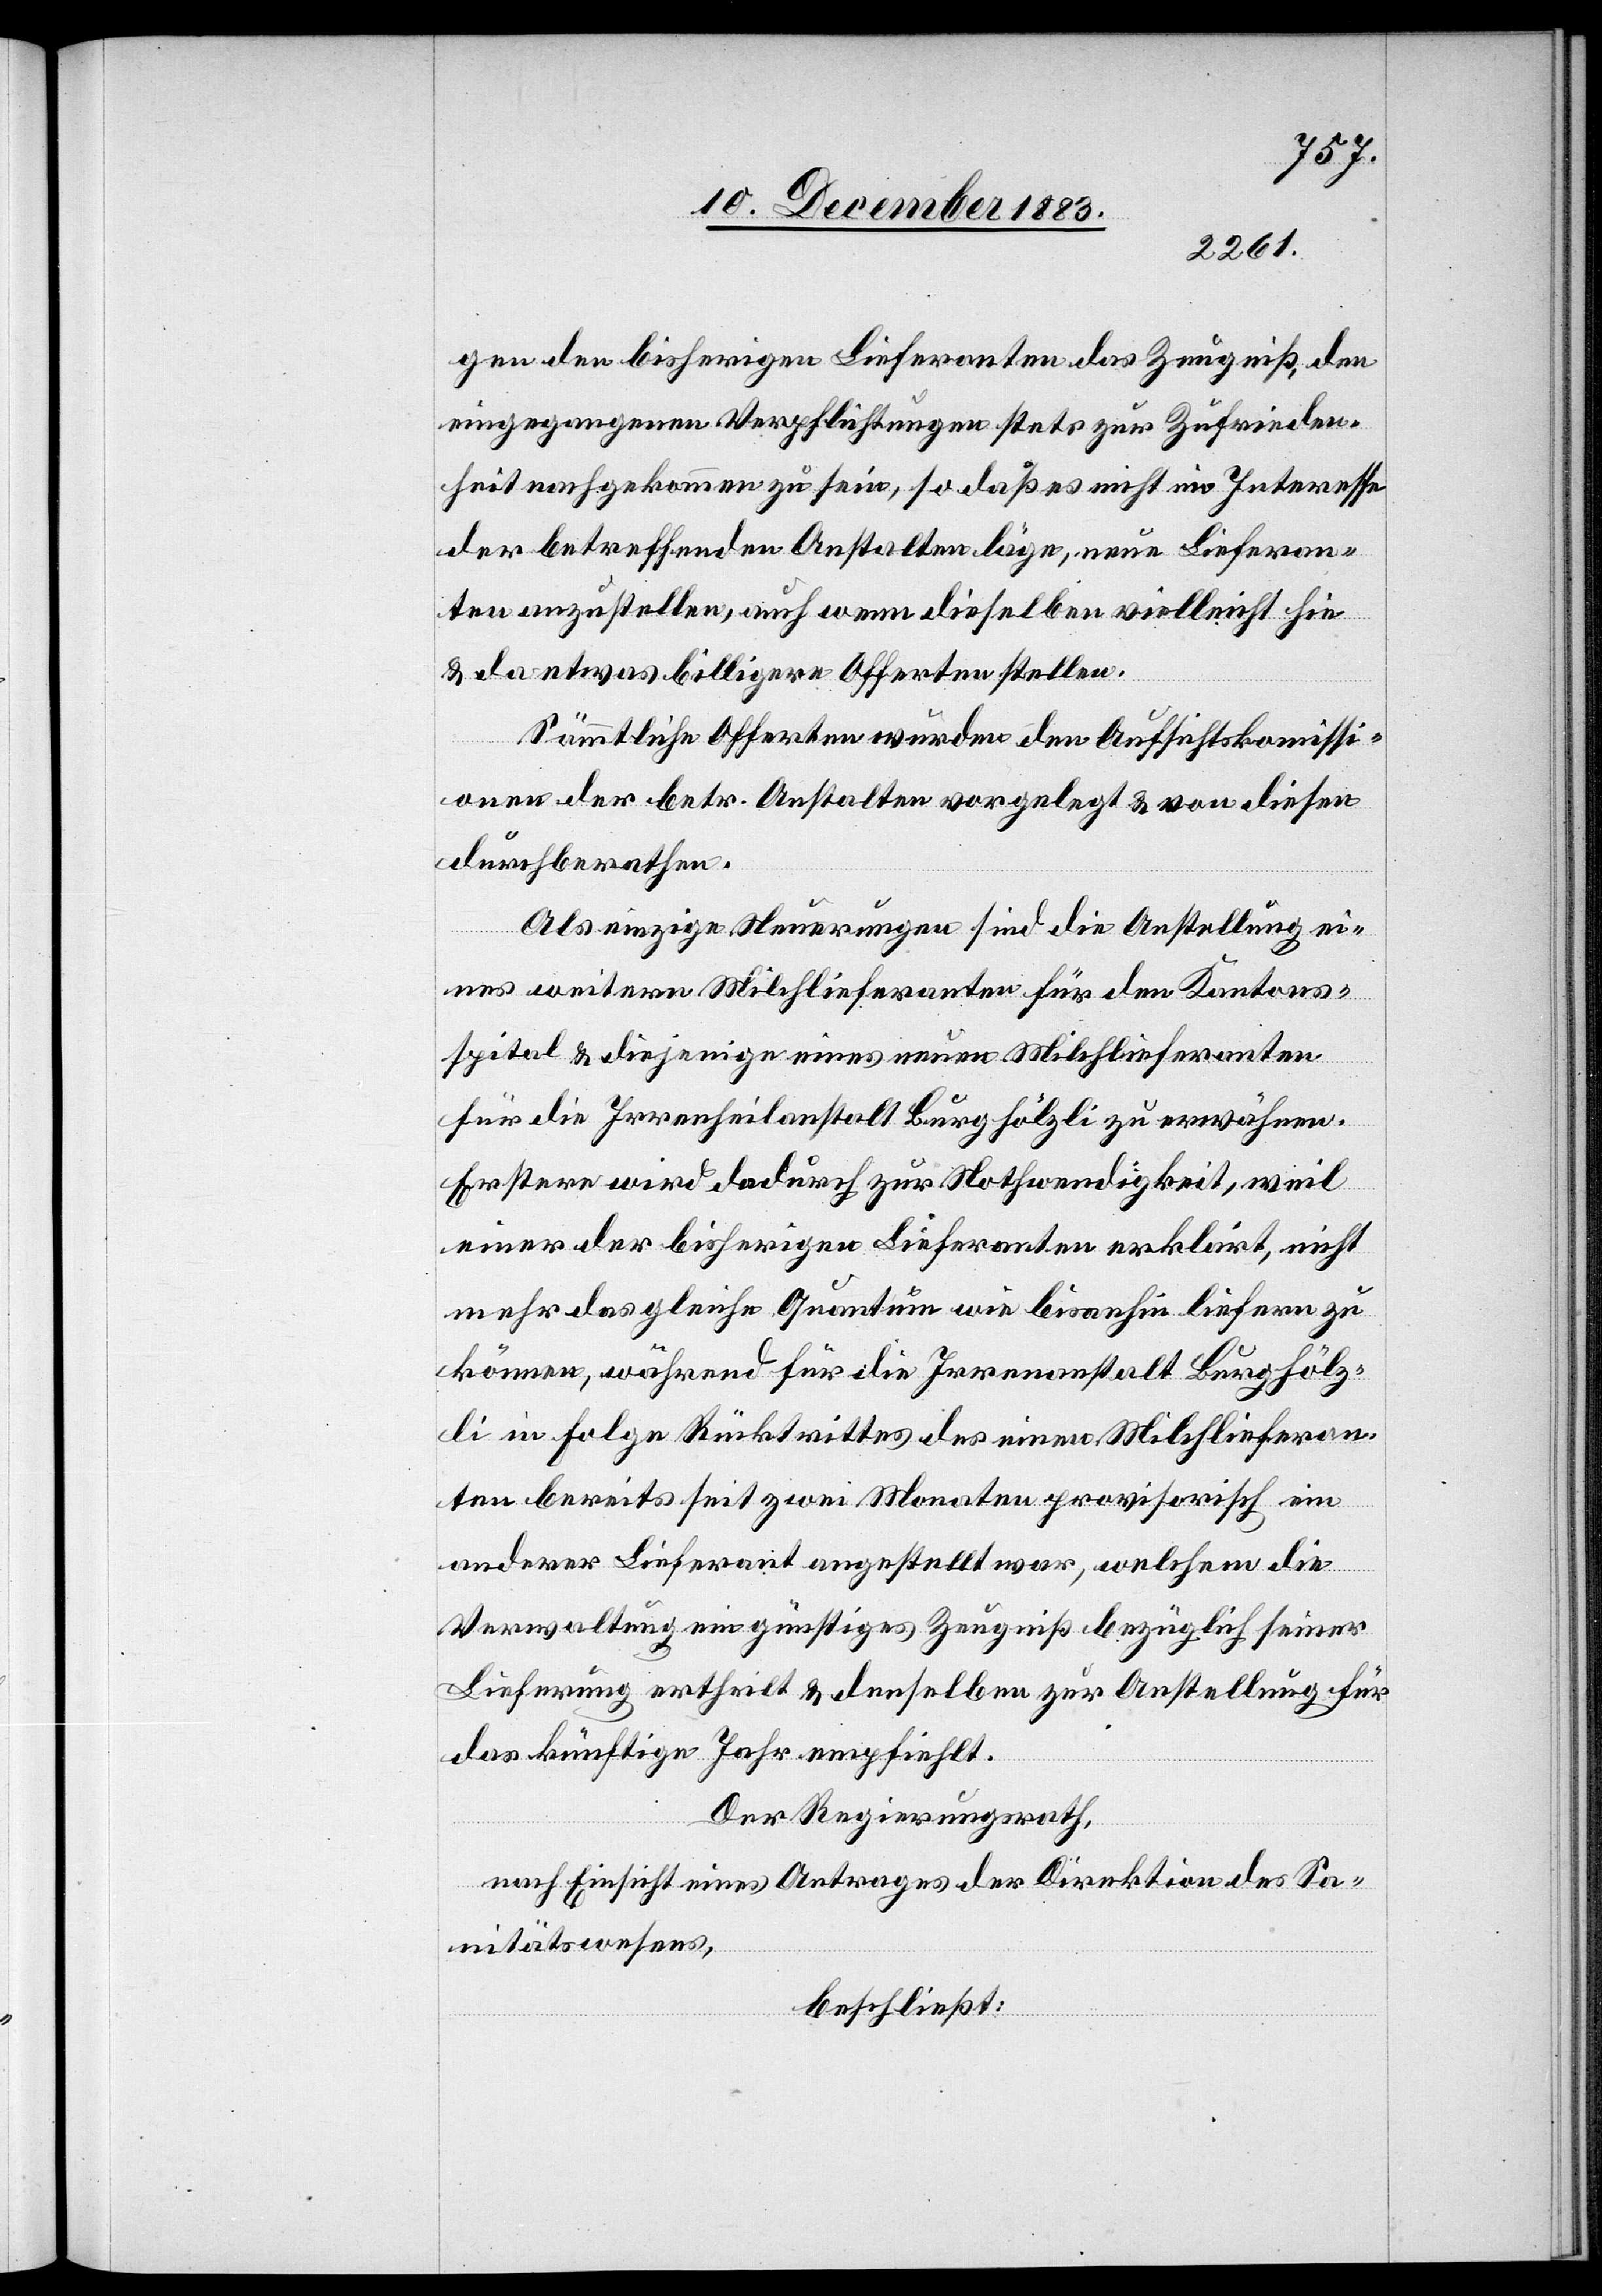
gen den bisherigen Lieferanten das Zeugniß, den
eingegangenen Verpflichtungen stets zur Zufrieden¬
heit nachgekommen zu sein, so daß es nicht im Interesse
der betreffenden Anstalten läge, neue Lieferan¬
ten auszustellen, auch wenn dieselbe vielleicht hie
& da etwas billigere Offerten stellen.
Sämmtliche Offerten wurden den Aufsichtskommissi¬
onen der betr. Anstalten vorgelegt & von diesen
durchberathen.
Als einzige Neuerungen sind die Anstellung ei¬
nes weitern Milchlieferanten für den Kantons¬
spital & diejenige eines neuen Milchlieferanten
für die Irrenheilanstalt Burghölzli zu erwähnen.
Erstere wird dadurch zur Nothwendigkeit, weil
einer der bisherigen Lieferanten erklärt, nicht
mehr das gleiche Quantum wie bisanhin liefern zu
können, während für die Irrenanstalt Burghölz¬
li in Folge Rücktrittes des einen Milchlieferan¬
ten bereits seit zwei Monaten provisorisch ein
anderer Lieferanten angestellt war, welchem die
Verwaltung ein günstiges Zeugniß bezüglich seiner
Lieferung ertheilt & denselben zur Anstellung für
das künftige Jahr empfiehlt.
Der Regierungsrath,
nach Einsicht eines Antrages der Direktion des Sa¬
nitätswesens,
beschließt: